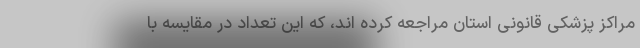
مراکز پزشکی قانونی استان مراجعه کرده اند، که این تعداد در مقایسه با